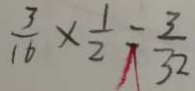
\frac { 3 } { 1 6 } \times \frac { 1 } { 2 } = \frac { 3 } { 3 2 }